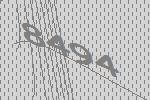
8494